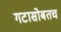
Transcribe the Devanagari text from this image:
गटासोबतच